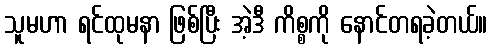
သူမဟာ ရင်ထုမနာ ဖြစ်ပြီး အဲ့ဒီ ကိစ္စကို နောင်တရခဲ့တယ်။